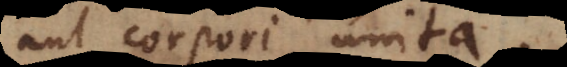
aut corpori unita.